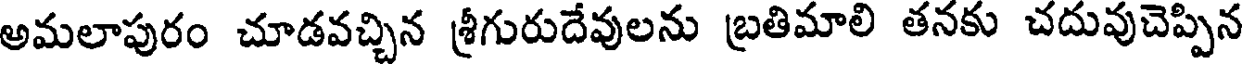
అమలాపురం చూడవచ్చిన శ్రీగురుదేవులను బ్రతిమాలి తనకు చదువుచెప్పిన